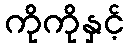
ကိုကိုနှင့်